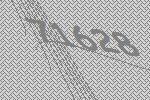
71628